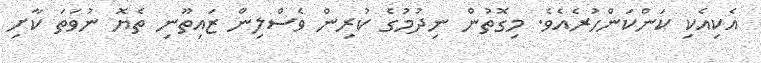
އެކިއެކި ކަންކަންހުރެއެވެ. މިގޮތުން ނިދުމުގެ ކުރިން ވެސްލިން ޒައިތޫނި ތެޔޮ ނުވަތަ ކާށި